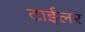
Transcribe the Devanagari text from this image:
टाईलर